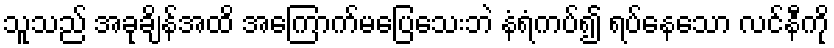
သူသည် အခုချိန်အထိ အကြောက်မပြေသေးဘဲ နံရံကပ်၍ ရပ်နေသော လင်နီကို